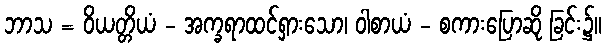
ဘာသ = ဝိယတ္တိယံ - အက္ခရာထင်ရှားသော၊ ဝါစာယံ - စကားပြောဆို ခြင်း၌။